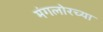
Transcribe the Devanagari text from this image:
मंगलोरच्या